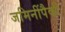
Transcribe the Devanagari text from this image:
जमिनींपैकी